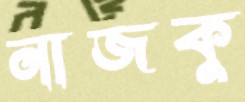
নাজকু